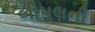
બોપલની